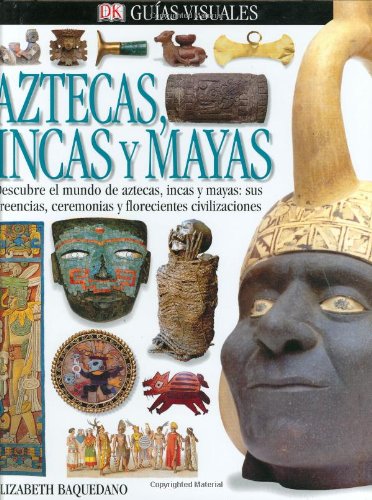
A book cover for Aztecas, Incas, Y Mayas (DK Eyewitness Books) (Spanish Edition); Elizabeth Baquedano; Children's Books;